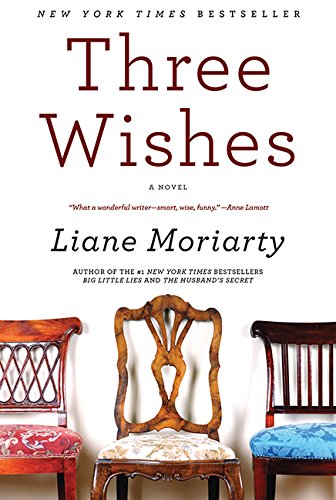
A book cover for Three Wishes: A Novel; Liane Moriarty; Literature & Fiction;